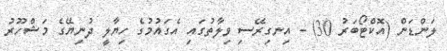
ލަންޑަން (އޮކްޓޯބަރު 30) - އިނގިރޭސި ވިލާތުގައި އެގައުމުގެ ހިޔާލީ ދުނިޔޭގެ މަޝްހޫރު